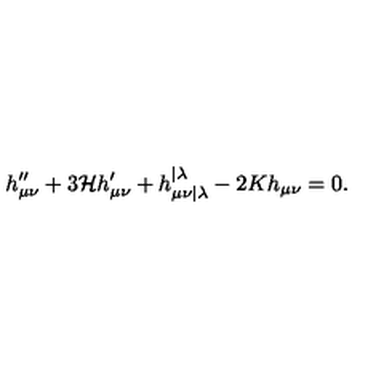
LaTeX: h _ { \mu \nu } ^ { \prime \prime } + 3 \mathcal { H } h _ { \mu \nu } ^ { \prime } + h _ { \mu \nu | \lambda } ^ { \mathrm { } \mathrm { } \mathrm { } \mathrm { } | \lambda } - 2 K h _ { \mu \nu } = 0 .